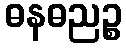
ဓနဓညဉ္စ